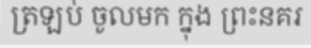
ត្រឡប់ ចូលមក ក្នុង ព្រះនគរ